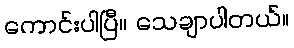
ကောင်းပါပြီ။ သေချာပါတယ်။